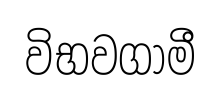
විභවගාමී